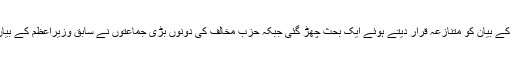
نواز شریف کے بیان کے بعد مقامی ٹی وی چینلز اور سماجی میڈیا پر ان کے بیان کو متنازعہ قرار دیتے ہوئے ایک بحث چھڑ گئی جبکہ حزب مخالف کی دونوں بڑی جماعتوں نے سابق وزیراعظم کے بیان کو ملکی مفاد کے منافی قرار دیتے ہوئے انھیں شدید تنقید کا نشانہ بنایا۔